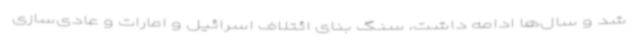
شد و سال‌ها ادامه داشت، سنگ بنای ائتلاف اسرائیل و امارات و عادی‌سازی